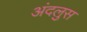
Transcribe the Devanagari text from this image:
अंदलुस